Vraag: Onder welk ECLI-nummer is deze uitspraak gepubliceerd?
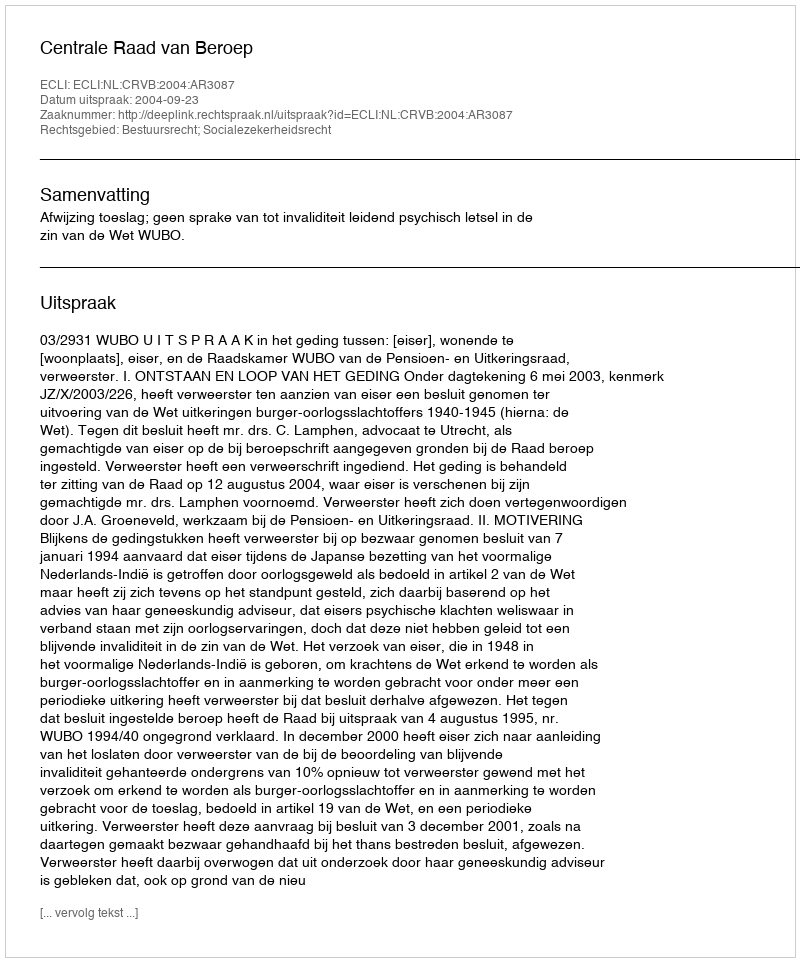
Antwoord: ECLI:NL:CRVB:2004:AR3087